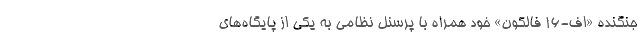
جنگنده «اف-16 فالکون» خود همراه با پرسنل نظامی به یکی از پایگاه‌های